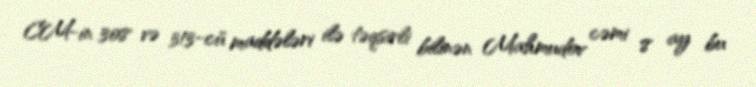
CM-in 308 və 313-cü maddələri ilə təqsirli bilinən Mahmudov cəmi 8 ay bu